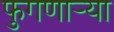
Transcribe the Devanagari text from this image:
फुगणार्‍या